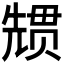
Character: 𭀳